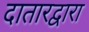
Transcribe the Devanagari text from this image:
दातारद्वारा